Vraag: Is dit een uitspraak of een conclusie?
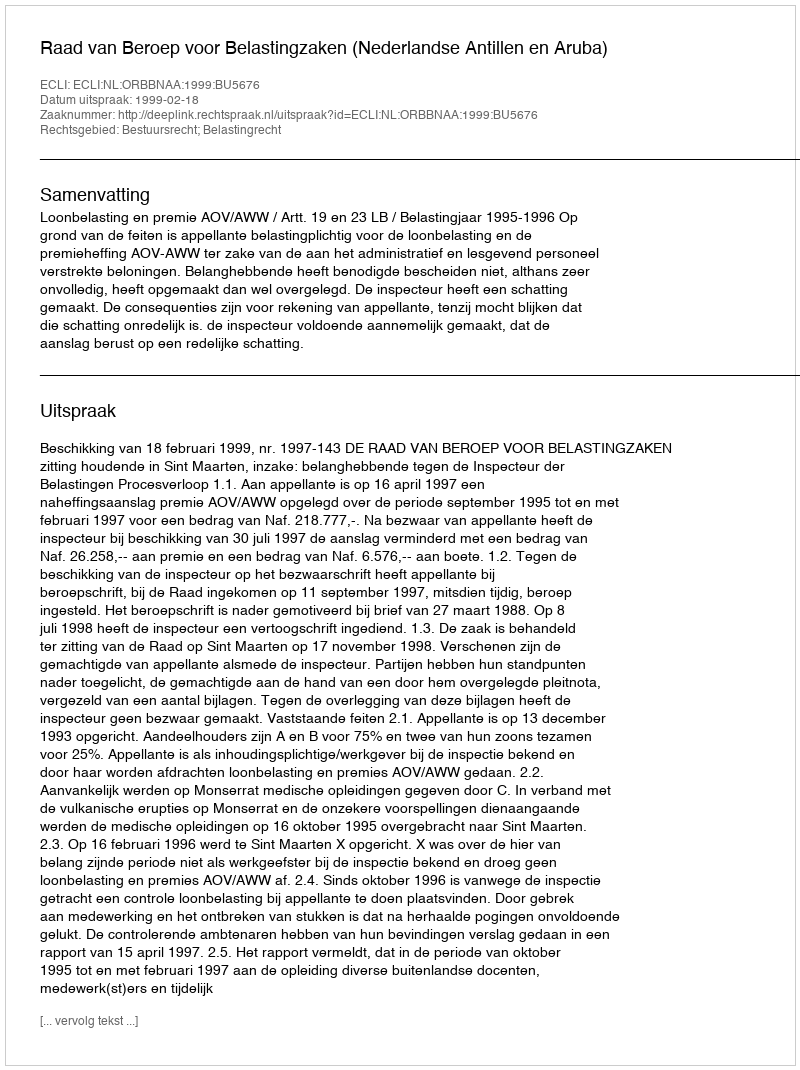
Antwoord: Uitspraak